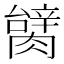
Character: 𦠬